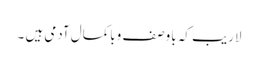
لاریب کہ باوصف وباکمال آدمی ہیں ۔